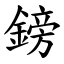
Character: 鎊